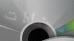
مضادات